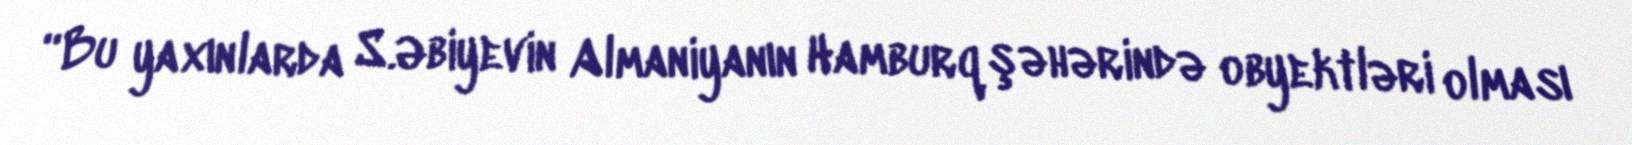
“Bu yaxınlarda S.Əbiyevin Almaniyanın Hamburq şəhərində obyektləri olması